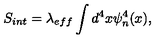
S _ { i n t } = \lambda _ { e f f } \int d ^ { 4 } x \psi _ { n } ^ { 4 } ( x ) ,